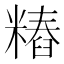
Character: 𰫐